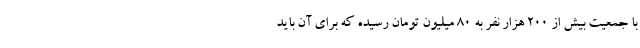
با جمعیت بیش از ۲۰۰ هزار نفر به ۸۰ میلیون تومان رسیده که برای آن باید